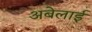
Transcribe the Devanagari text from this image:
अबेलाई